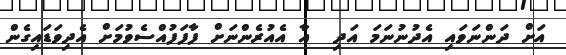
އަށް ދަންނަވައި އެދުނުނަމަ އަދި  އާ އެއުރެންނަށް ފާފަފުއްސެވުމަށް އެދިވަޑައިގެން